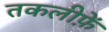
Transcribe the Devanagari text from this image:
तकलीफ़ें